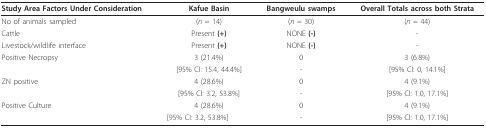
<table><thead><tr><td><b>Study Area Factors Under Consideration</b></td><td><b>Kafue Basin</b></td><td><b>Bangweulu swamps</b></td><td><b>Overall Totals across both Strata</b></td></tr></thead><tbody><tr><td>No of animals sampled</td><td>(<i>n </i>= 14)</td><td>(<i>n </i>= 30)</td><td>(<i>n </i>= 44)</td></tr><tr><td>Cattle</td><td>Present <b>(+)</b></td><td>NONE <b>(-)</b></td><td>-</td></tr><tr><td>Livestock/wildlife interface</td><td>Present <b>(+)</b></td><td>NONE <b>(-)</b></td><td>-</td></tr><tr><td>Positive Necropsy</td><td>3 (21.4%)</td><td>0</td><td>3 (6.8%)</td></tr><tr><td></td><td>[95% CI: 15.4, 44.4%]</td><td>-</td><td>[95% CI: 0, 14.1%]</td></tr><tr><td>ZN positive</td><td>4 (28.6%)</td><td>0</td><td>4 (9.1%)</td></tr><tr><td></td><td>[95% CI: 3.2, 53.8%]</td><td>-</td><td>[95% CI: 1.0, 17.1%]</td></tr><tr><td>Positive Culture</td><td>4 (28.6%)</td><td>0</td><td>4 (9.1%)</td></tr><tr><td></td><td>[95% CI: 3.2, 53.8%]</td><td>-</td><td>[95% CI: 1.0, 17.1%]</td></tr></tbody></table>